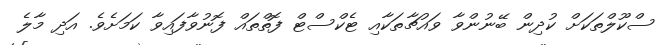
ސްކޫލްތަކަށް ކުދިން ބޭނުންވާ ވައުޗާތަކާއި ޓެކްސްޓް ފޮތްތައް ފޮނުވާފައިވާ ކަމަށެވެ. އަދި މާލެ